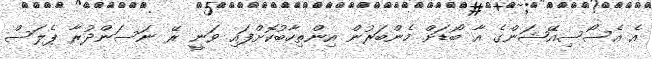
އެ އެސޯސިއޭޝަންގެ އާ ބޯޑަށް މެންބަރުން އިންތިހާބުކޮށްފައި ވަނީ ރޭ ނަސަންދުރާ ޕެލަސް